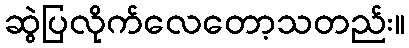
ဆွဲပြလိုက်လေတော့သတည်း။